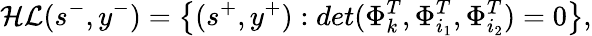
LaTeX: \mathcal{HL}(s^{-},y^{-})=\left\{ (s^{+},y^{+}):det(\Phi_{k}^{T},\Phi_{i_{1}}^{T},\Phi_{i_{2}}^{T})=0\right\} ,